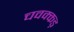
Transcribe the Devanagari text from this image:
चवक्कड़